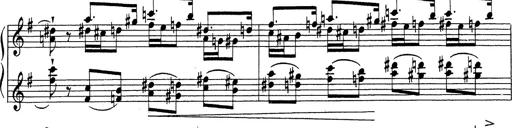
Title: Grosses Konzertsolo
Composer: Franz Liszt